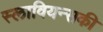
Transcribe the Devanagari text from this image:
स्लावियन्सकी